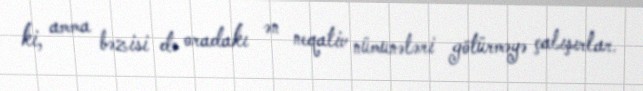
ki, amma bəzisi də oradakı ən neqativ nümunələri götürməyə çalışırlar.